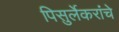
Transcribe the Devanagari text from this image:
पिसुर्लेकरांचे